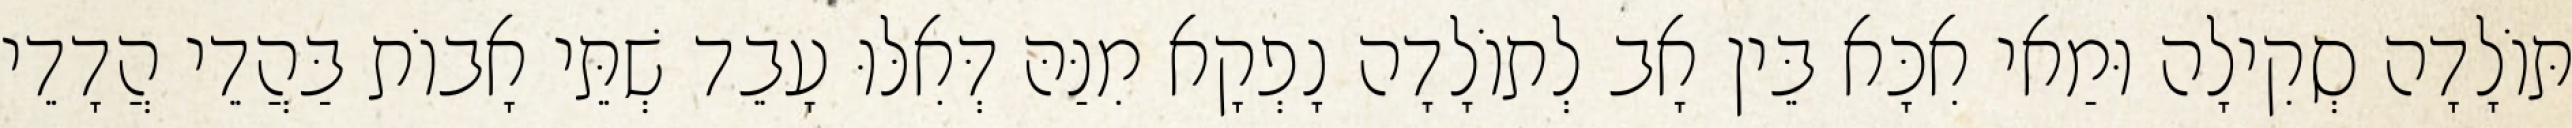
תּוֹלָדָה סְקִילָה וּמַאי אִכָּא בֵּין אָב לְתוֹלָדָה נָפְקָא מִנַּהּ דְּאִלּוּ עָבֵד שְׁתֵּי אָבוֹת בַּהֲדֵי הֲדָדֵי